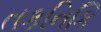
તકનિકિ